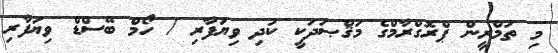
މި ތަމްރީން ޕްރޮގްރާމްގެ މަޤްޞަދަކީ ކުދި ވިޔަފާރި / ހޯމް ބޭސްޑް ވިޔަފާރި